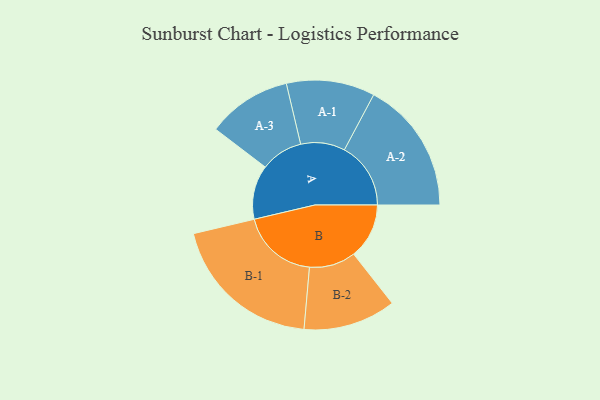
{"axis": {"x": "Segment", "y": "Value"}, "legend": ["", "A", "B"], "data": [{"x": "A", "y": 208, "type": ""}, {"x": "B", "y": 213, "type": ""}, {"x": "A-1", "y": 170, "type": "A"}, {"x": "A-2", "y": 255, "type": "A"}, {"x": "A-3", "y": 162, "type": "A"}, {"x": "B-1", "y": 295, "type": "B"}, {"x": "B-2", "y": 178, "type": "B"}]}